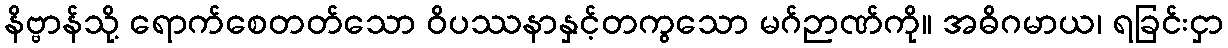
နိဗ္ဗာန်သို့ ရောက်စေတတ်သော ဝိပဿနာနှင့်တကွသော မဂ်ဉာဏ်ကို။ အဓိဂမာယ၊ ရခြင်းငှာ